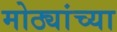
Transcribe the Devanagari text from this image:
मोठ्यांच्या